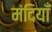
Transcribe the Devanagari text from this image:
मंदियाँ